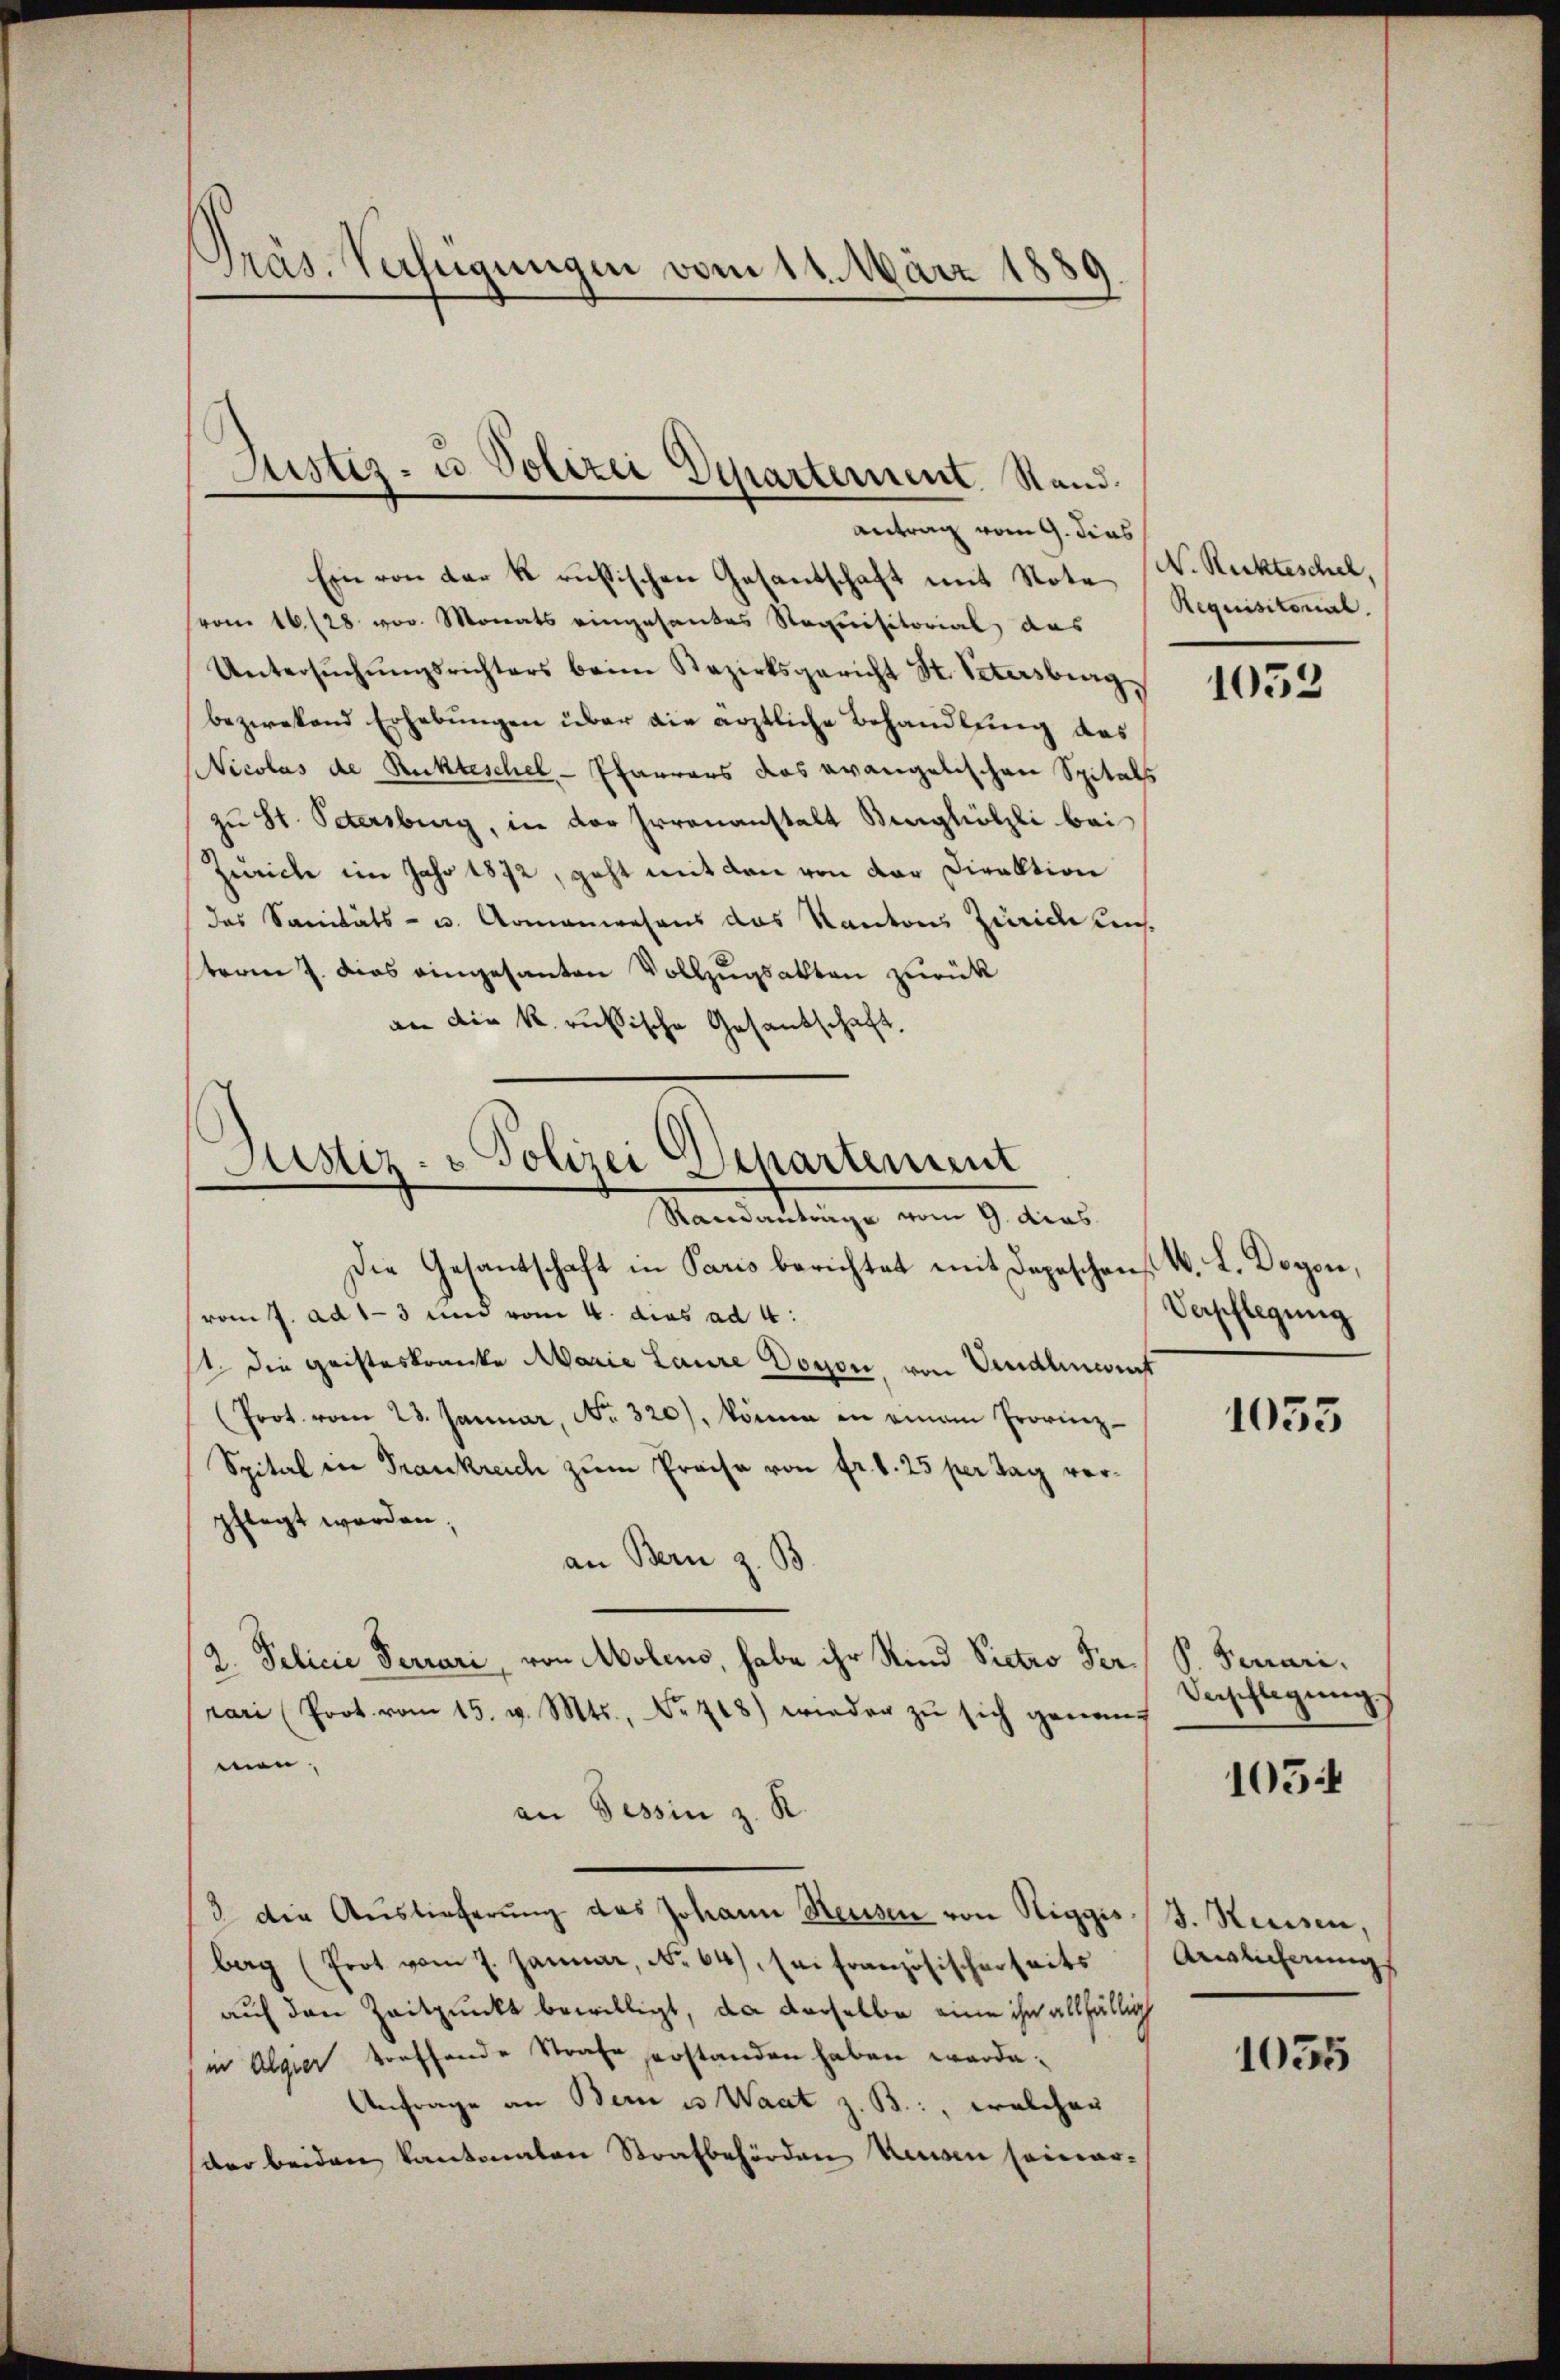
Präs. Verfügungen vom 11. März 1881
—
9).

Justiz- u Polizei Departement. Stand.

antrag vom 9. dies
Ein von der k. russischen Gesandschaft mit Note (Requisitonal.
(vom 16/28 vor. Monats eingesantes Staquisitorial das
Untersŭchŭngsrichters beim Bezirksgericht St. Petersburg,
bezwekend Erhebungen über die ärztliche Behandlung des
Nicolas de Rückteschel - Pfarrers das evangelischen Spitals
zu St. Petersburg, in der Irrenanstalt Burghölzli bei
Zürich im Jahr 1872, geht mit den von der Direktion
das Sanitäts- u. Armenwesens das Kantons Zürichtes.
teren J. dies eingesanten Vollzugsalten zurück
an die k. russische Gesandschaft.

Justiz- & Polizei Departement
Mandantinge vom 9. dies

Die Gesantschaft in Paris berichtet mit Depeschen M. L. Dogen,
vom J. ad 13 und vom 4. dies ad 4:
1 die Geisteskranke Marie Laure Doyon, von Vindliniert
(Prot. vom 23. Januar, No. 320), könne in einem Provinz-
Spital in Trankreich zum Preise von fr. d. 25 per Tag verpflegt werden,
an Bern z. B.
2. Pelicie Ferrari, von Molens, habe ihr Kind Victro Perrari (Prot. vom 15. v. Mts., Nr. 718) wieder zŭ sich genauf
men,
an Tessin z. R.
3 die Auslieferŭng des Johann Hausen von Riggis J. Keisen,
berg (Prot vom 7. Januar, No 64), sei französischerseits Arglicherung
auf den Zeitpunkt bewilligt, da derselbe eine ihn allfällig
in Algier treffende Strafe erstanden haben werde.
Anfrage an Bern u. Waat z. B., welchen
der beiden Kantonalen Strafbehörden Hausen seinar-

N. Reckteschel,

1052

Verpflegung

1033

P. Ferrari.
Veschlagung

1054

1055